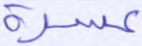
عسرة